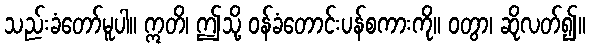
သည်းခံတော်မူပါ။ ဣတိ၊ ဤသို့ ဝန်ခံတောင်းပန်စကားကို။ ဝတွာ၊ ဆိုလတ်၍။